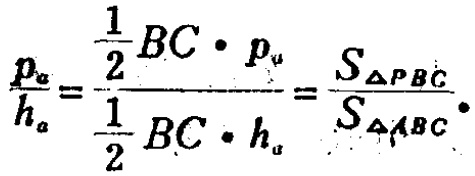
\(\frac{p_{a}}{h_{a}}=\frac{\frac{1}{2}BC\cdot p_{u}}{\frac{1}{2}BC\cdot h_{a}}=\frac{S_{\triangle PBC}}{S_{\triangle ABC}}.\)